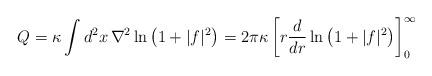
LaTeX: \begin{align*}Q=\kappa \int d^2x\,\nabla^2 \ln\left(1+|f|^2\right)=2\pi \kappa \left[ r{d\over dr}\ln\left(1+|f|^2\right)\right]_0^\infty\end{align*}